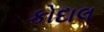
કોદાલ